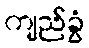
ကျည်ခွံ